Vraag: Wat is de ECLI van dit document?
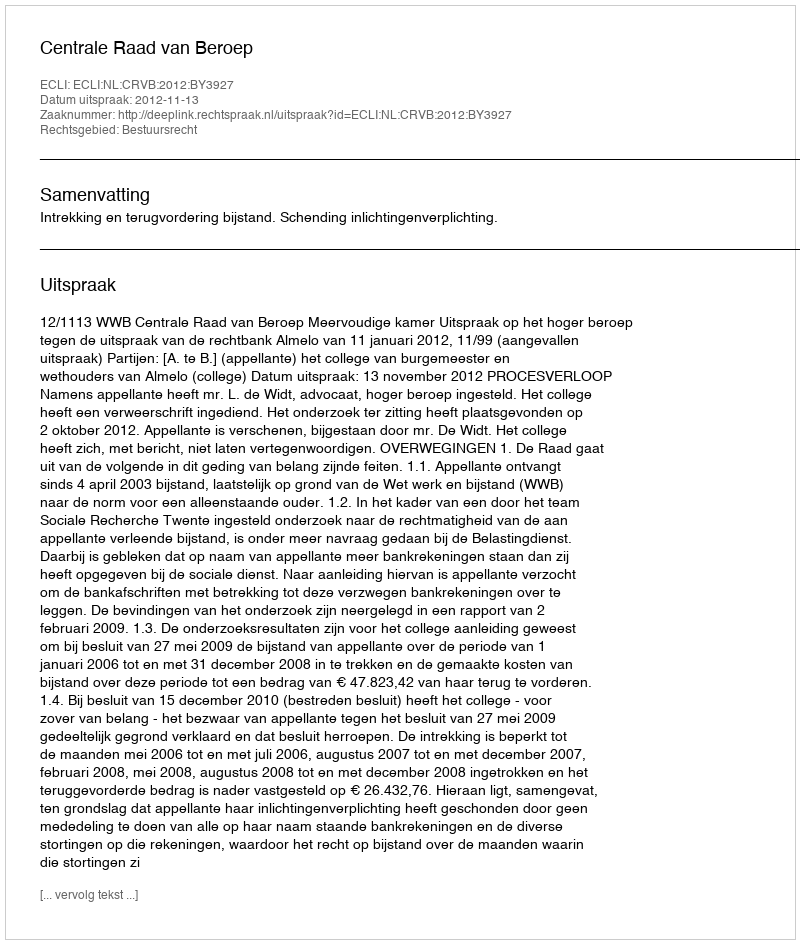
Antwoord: ECLI:NL:CRVB:2012:BY3927